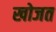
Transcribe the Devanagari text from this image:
खोजत